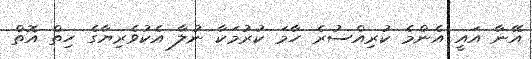
އޭނާ އައީ އެންމެ ކުރިއްސުރެ ހާމަ ކުރުމަކާ ނުލާ އެކުވެރިޔާގެ ހިތް އޮތް